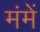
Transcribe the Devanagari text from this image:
मंमें